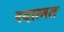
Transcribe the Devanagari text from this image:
रदालत